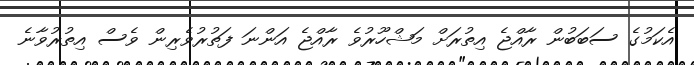
އެކަމުގެ ސަބަބުން ރާއްޖެ އިތުރަށް މަޝްހޫރުވެ ރާއްޖެ އަންނަ ފަތުރުވެރިން ވެސް އިތުރުވާނެ